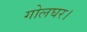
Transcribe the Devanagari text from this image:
गोलघर।